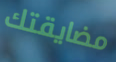
مضايقتك